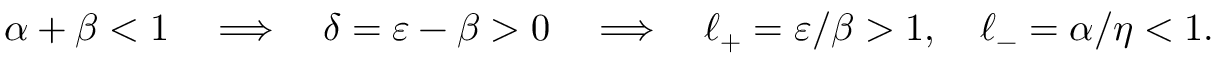
\alpha + \beta < 1 \quad \Longrightarrow \quad \delta = \varepsilon - \beta > 0 \quad \Longrightarrow \quad \ell _ { + } = \varepsilon / \beta > 1 , \quad \ell _ { - } = \alpha / \eta < 1 .